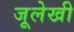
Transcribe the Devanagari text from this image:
जूलेखी